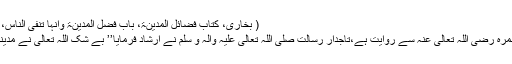
( بخاری، کتاب فضائل المدینۃ، باب فضل المدینۃ وانّہا تنفی الناس، ۱ / ۶۱۷، الحدیث: ۱۸۷۱)
(2)… حضرت جابر بن سمرہ رَضِیَ اللّٰہُ تَعَالٰی عَنْہُ سے روایت ہے،تاجدارِ رسالت صَلَّی اللّٰہُ تَعَالٰی عَلَیْہِ وَاٰلِہ وَ سَلَّمَ نے ارشاد فرمایا’’ بے شک اللّٰہ تعالیٰ نے مدینہ کا نام ’’طابہ‘‘ رکھا ہے۔